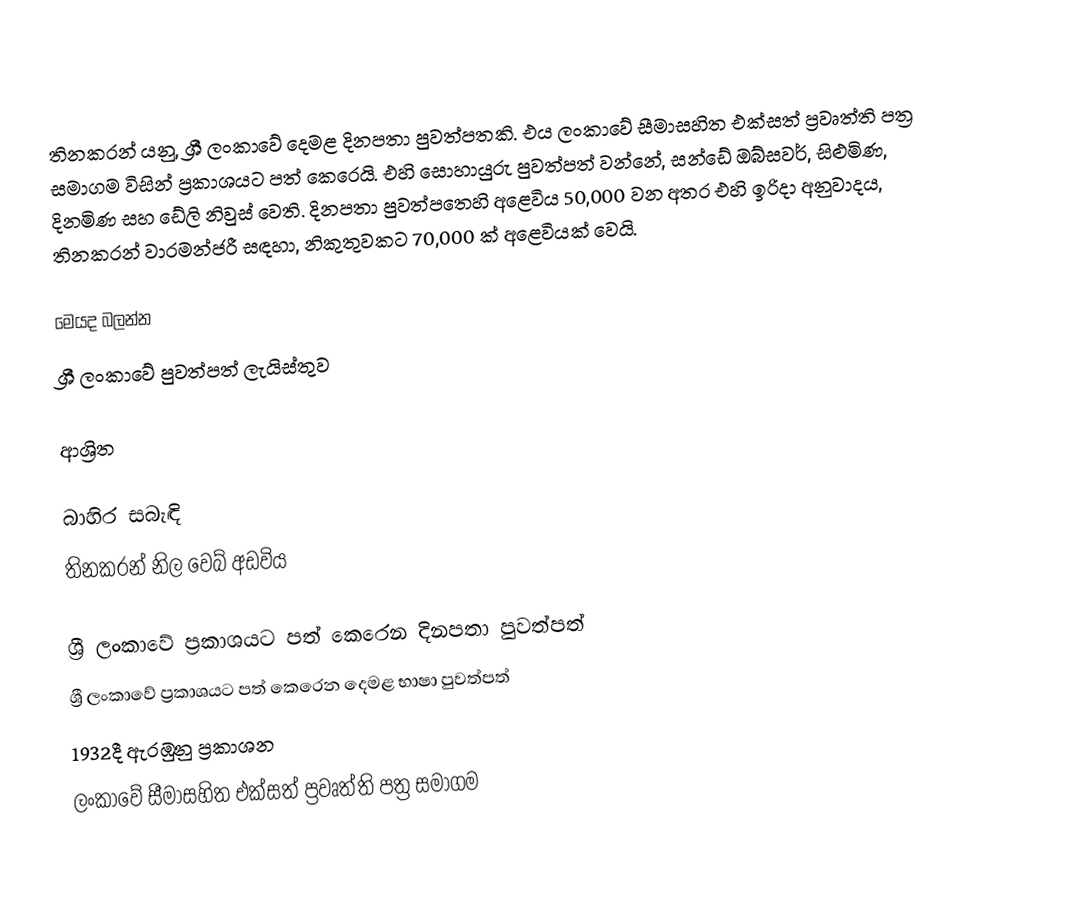
තිනකරන් යනු,  ශ්‍රී ලංකාවේ  දෙමළ දිනපතා පුවත්පතකි. එය ලංකාවේ සීමාසහිත එක්සත් ප්‍රවෘත්ති පත්‍ර සමාගම විසින් ප්‍රකාශයට පත් කෙරෙයි. එහි සොහායුරු පුවත්පත් වන්නේ, සන්ඩේ ඔබ්සවර්, සිළුමිණ, දිනමිණ සහ  ඩේලි නිවුස් වෙති. දිනපතා පුවත්පතෙහි අළෙවිය 50,000 වන අතර එහි ඉරිදා අනුවාදය, තිනකරන් වාරමන්ජරී සඳහා, නිකුතුවකට 70,000 ක් අළෙවියක් වෙයි.

මෙයද බලන්න
ශ්‍රී ලංකාවේ පුවත්පත් ලැයිස්තුව

ආශ්‍රිත

බාහිර සබැඳි
තිනකරන් නිල වෙබ් අඩවිය

ශ්‍රී ලංකාවේ ප්‍රකාශයට පත් කෙරෙන දිනපතා පුවත්පත්
ශ්‍රී ලංකාවේ ප්‍රකාශයට පත් කෙරෙන දෙමළ භාෂා පුවත්පත්
1932දී ඇරඹුනු ප්‍රකාශන
ලංකාවේ සීමාසහිත එක්සත් ප්‍රවෘත්ති පත්‍ර සමාගම